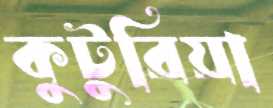
কুটুরিয়া